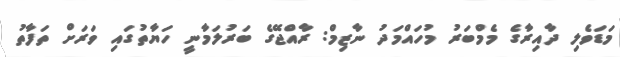
މަަޑަވެލި ދާއިރާގެ މެމްބަރު މުހައްމަދު ނާޒިމް: ރާއްޖޭގެ ބަރުލަމާނީ ހަޔާތުގައި ވަރަށް ތަފާތު